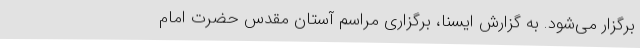
برگزار می‌شود. به گزارش ایسنا، برگزاری مراسم آستان مقدس حضرت امام